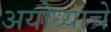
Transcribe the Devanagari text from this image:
अयोध्याचे